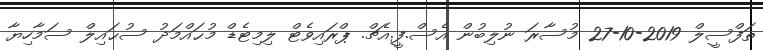
ތަފްސީލް 2019-10-27 މުސާރަ ނުލިބުން އެސް.ފީ.އެޗް. ޕްރައިވެޓް ލިމިޓެޑް މުޙައްމަދު ސުޙައިލް ސަމާހިޔާ